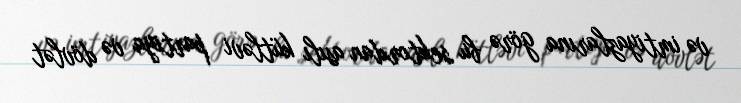
və imtiyazlarına görə bu sektordan asılı kütləvi partiya və dövlət